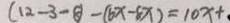
( 1 2 - 3 - 8 ) - ( 6 x - 8 x ) = 1 0 x +